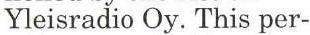
Yleisradio Oy. This per-